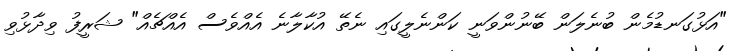
"އަޅުގަނޑުމެން ބުނެލަން ބޭނުންވަނީ ކަންނެލީގައި ނެތޭ އުކާލާނެ އެއްވެސް އެއްޗެއް" ޝަރީފު ވިދާޅުވި